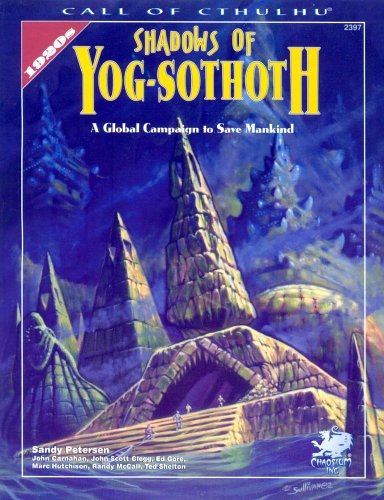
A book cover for Shadows of Yog-Sothoth: A Global Campaign to Save Mankind (Call of Cthulhu Horror Roleplaying); Sandy Petersen; Science Fiction & Fantasy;